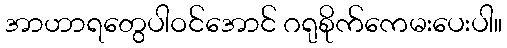
အာဟာရတွေပါဝင်အောင် ဂရုစိုက်ကေမးပေးပါ။